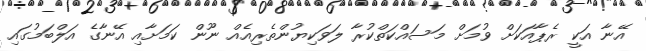
އޭނާ އަކީ ރެޕާއަކަށް ވުމަށް މަސައްކަތްކުރާ ލަވަކިޔުންތެރިއެއް ނޫން ކަމަށާއި އޭނާގެ އަލްބަމުގައި